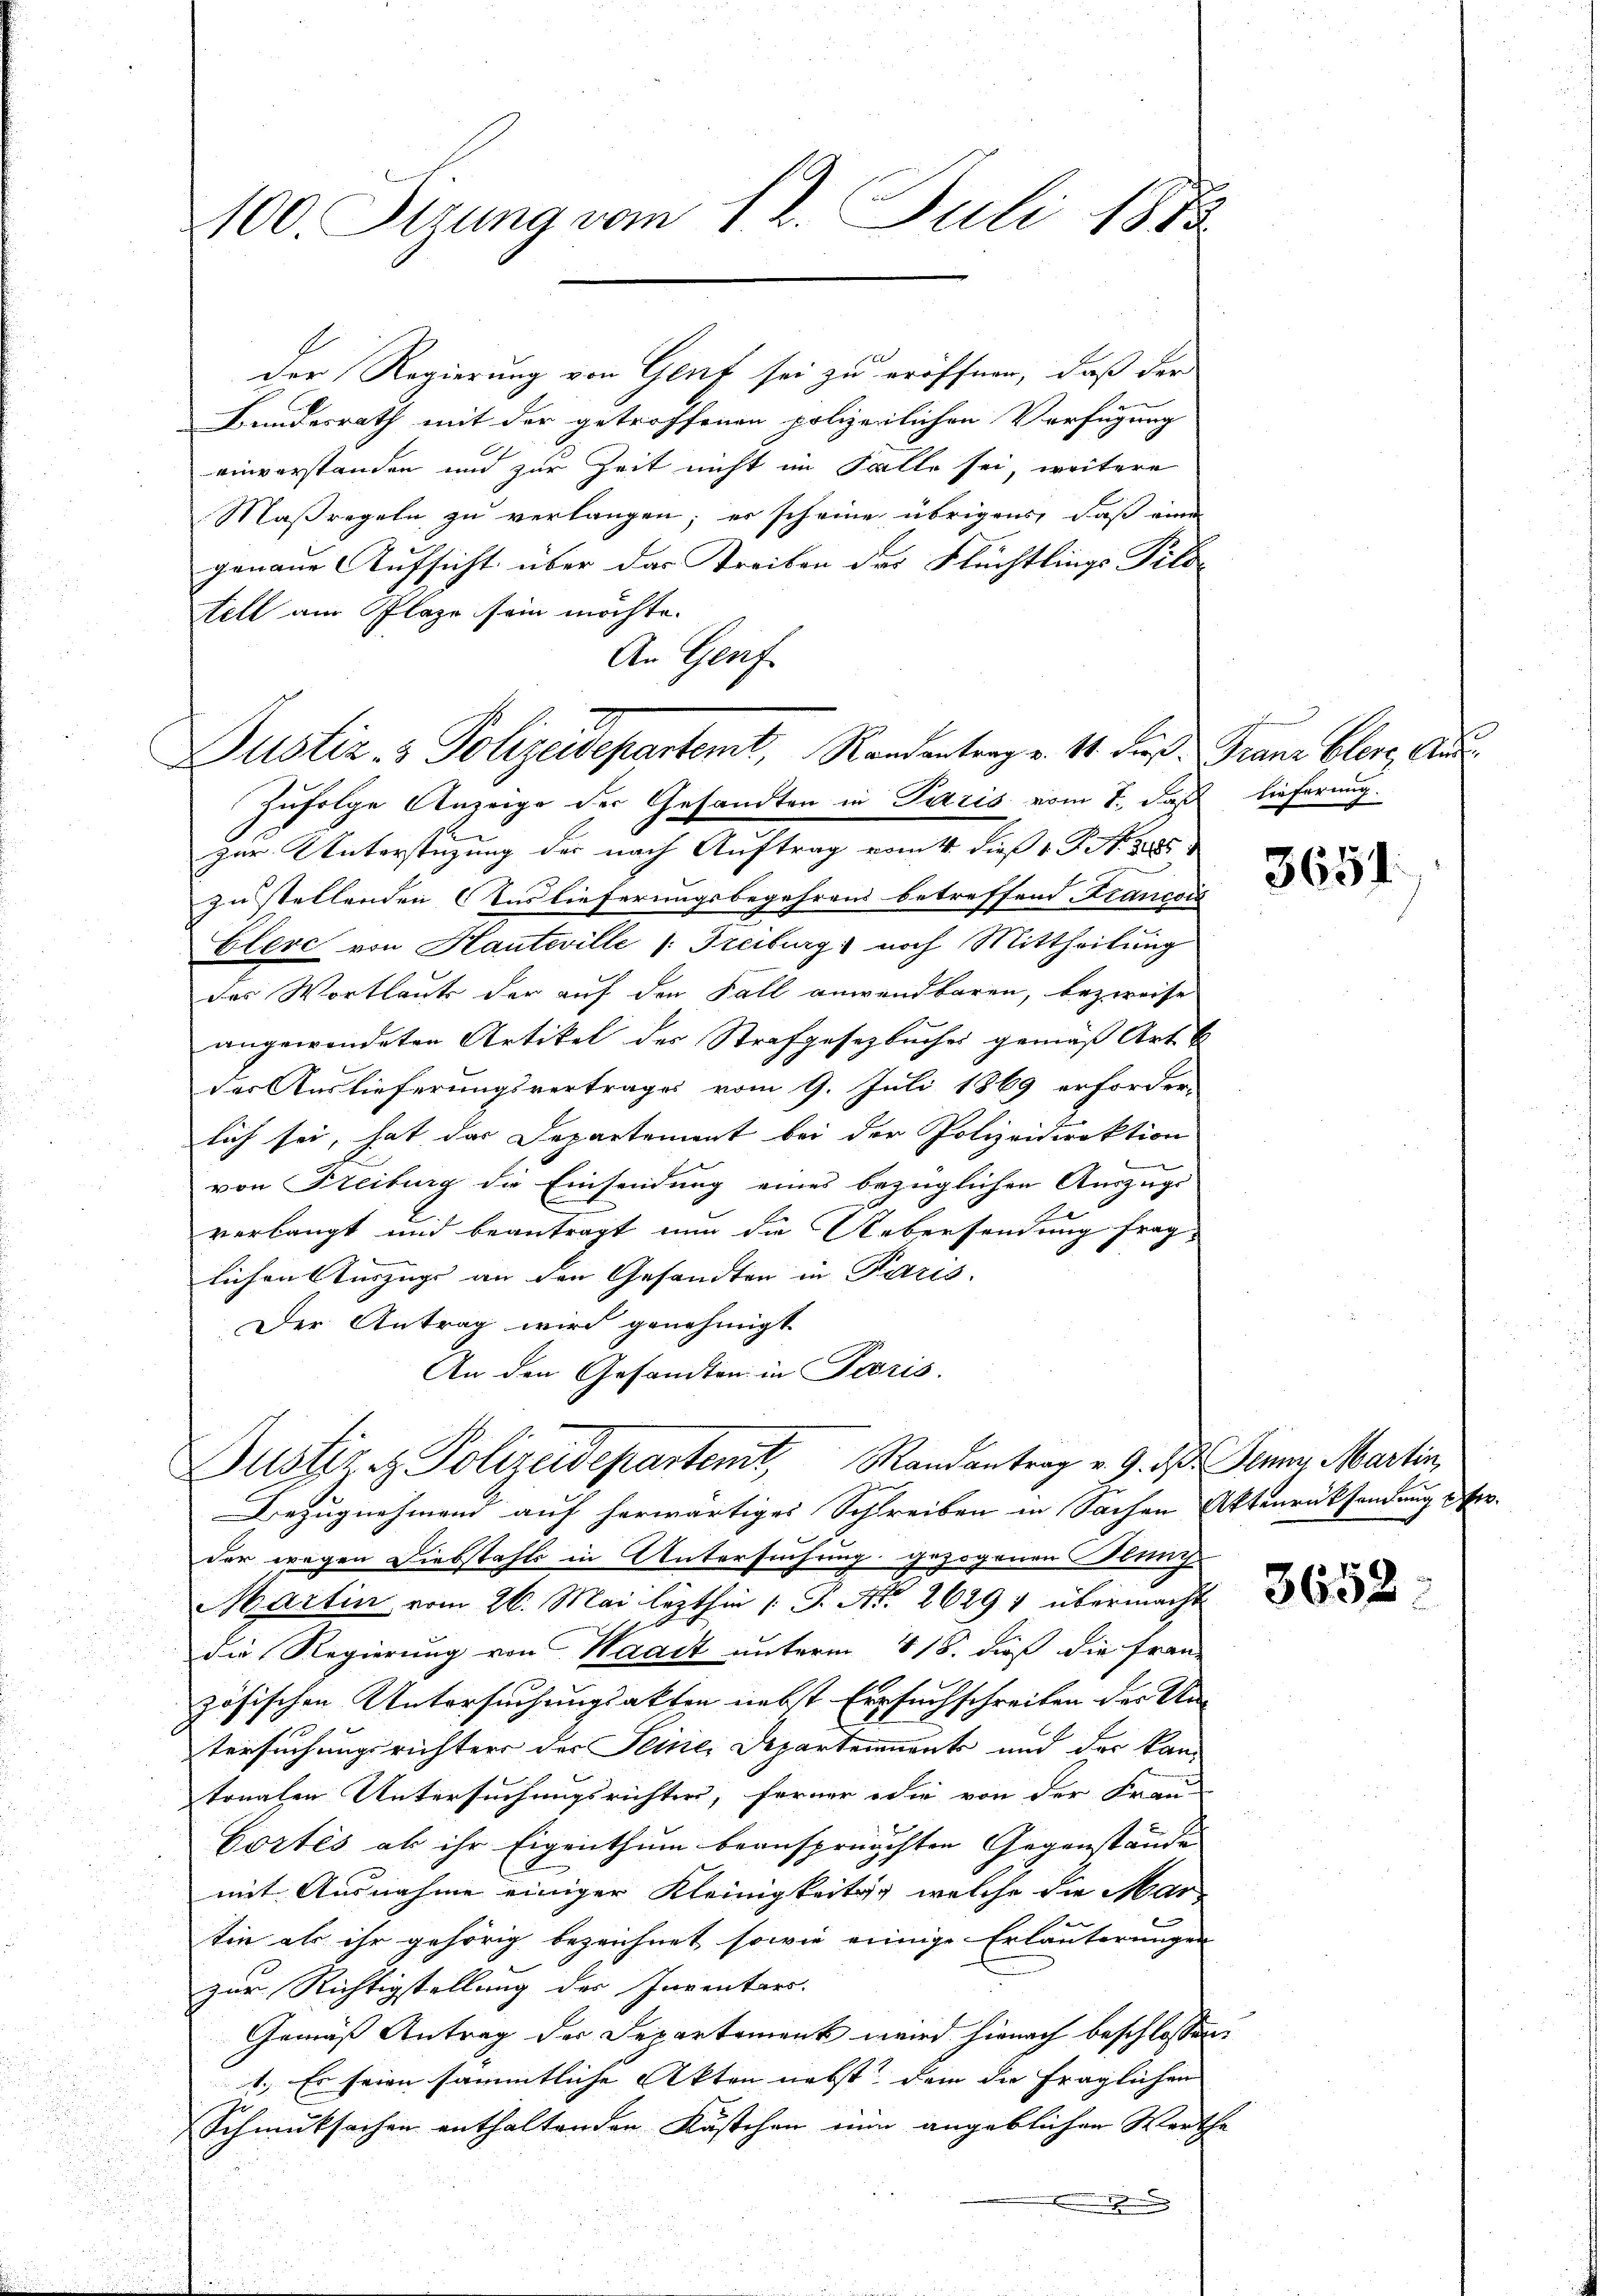
100. Sizung vom 12. Juli 1883

Der Regierung von Genf sei zu eröffnen, daß der
Bundesrath mit der getroffenen polizeilichen Verfügung
f
einverstanden und zur Zeit nicht im Falle sei, weitere
Maßregeln zu verlangen; er scheine übrigens, daß eine
genaue Aufsicht über das Treiben der Flüchtlings Pildfell am Plaze sein möchte.
An Genf
Zufolge Anzeige der Gesandten in Paris vom 1. daß lieferung.
Zur Unterstüzung der nach Auftrag vom 4. dieß v. J. No. 1885
zu stellenden Auslieferungsbegehrens betreffend Francedi
Elere von Hauteville (Freiburg noch Mittheilung
des Wortlaut der auf den Fall anwendbaren, bezweife
angewendeten Artikel des Strafgesetzbuches gemäß Art
der Auslieferungsvertrages vom 9. Juli 1869 erforder-
lich sei, hat das Departement bei der Polizeidirektion
von Freiburg die Einsendung eines bezüglichen Auszugs-
verlangt und beantragt nun die Uebersendung frag-
lichen Auszugs an den Gesandten in Paris.
Der Antrag wird genehmigt
An den Gesandten in Paris.

Dustiz- & Polizeidepartemt, Randeantrage 14 des Franz bler, Aus

Justiziz. Polizeidepartemt, Randantrag v. 9. d. Jenny, Martin,
u
Bezugnehmend auf herwärtiges Schreiben in Sachen Aktenrücksendung er¬

der wegen Diebstahls in Untersuchung gezogenen Blung.
Martin vom 26. Mai lezthin (: P. Nr. 2629 & übermacht
die Regierung von Waadt unterm 118. dieß die Fran-
zösischen Untersuchungsakten nebst Ersuchschreiben der Um
tersuchungsrichters der Seiner Departenmant und der kantonalen Untersuchungsrichter, ferner die von der Frau-
Cortes ab ihr Eigenthum beansprüchten Gegenstände |
mit Ausnahme einiger Kleinigkeits welche die Mar-
ken
tin als ihr gehörig bezeichnet sowie einige Erläuterungen
zur Richtigstellung des Inventars.
Gemäß Antrag des Departement wird hienach beschlossen:
1. Es seien sämmtliche Akten nebst dem die fraglichen
Schmutsachen enthaltenden Kästchen nun angeblichen Werthe

3651.

3652.